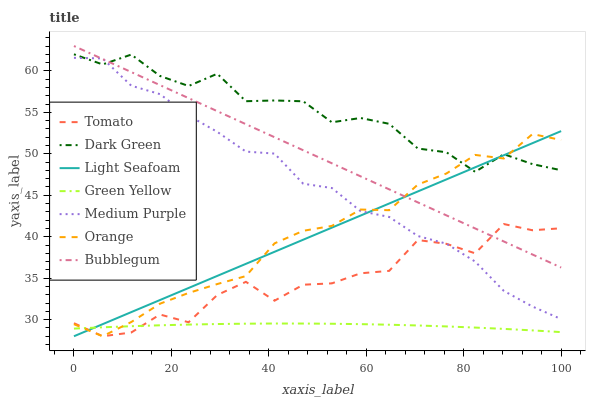
| xaxis_label | Tomato | Dark Green | Light Seafoam | Green Yellow | Medium Purple | Orange | Bubblegum |
 | --- | --- | --- | --- | --- | --- | --- | --- |
 | 0 | 29.6 | 62 | 28 | 28.9 | 61.6 | 29.5 | 63 |
 | 5.88 | 28 | 60.8 | 29.5 | 29.1 | 61.5 | 28 | 61.4 |
 | 11.8 | 28.5 | 62 | 30.9 | 29.2 | 58.2 | 29.7 | 59.9 |
 | 17.6 | 30.6 | 59.4 | 32.4 | 29.3 | 57.2 | 31.9 | 58.3 |
 | 23.5 | 29.7 | 58.2 | 33.8 | 29.4 | 54.6 | 33.2 | 56.7 |
 | 29.4 | 33 | 59.7 | 35.3 | 29.5 | 52.6 | 34.3 | 55.1 |
 | 35.3 | 34.6 | 56.3 | 36.7 | 29.5 | 50.3 | 35.3 | 53.6 |
 | 41.2 | 32.3 | 56.4 | 38.2 | 29.5 | 50 | 39.2 | 52 |
 | 47.1 | 34.2 | 56.3 | 39.6 | 29.5 | 46.4 | 40.7 | 50.4 |
 | 52.9 | 34.4 | 53.8 | 41.1 | 29.5 | 45.9 | 41.3 | 48.9 |
 | 58.8 | 35.6 | 54.3 | 42.6 | 29.5 | 43.1 | 43.3 | 47.3 |
 | 64.7 | 35.9 | 53.6 | 44 | 29.4 | 42.4 | 43.2 | 45.7 |
 | 70.6 | 39.6 | 50.6 | 45.5 | 29.3 | 40.1 | 46.3 | 44.1 |
 | 76.5 | 39.1 | 50.2 | 46.9 | 29.2 | 39.2 | 47.6 | 42.6 |
 | 82.4 | 38 | 47.8 | 48.4 | 29 | 37 | 49.9 | 41 |
 | 88.2 | 41.5 | 50 | 49.8 | 28.9 | 33.5 | 49.4 | 39.4 |
 | 94.1 | 40.8 | 48.8 | 51.3 | 28.7 | 31.6 | 52.4 | 37.9 |
 | 100 | 41 | 48 | 52.7 | 28.5 | 30.1 | 51.7 | 36.3 |